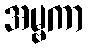
အမ္ဗကာ